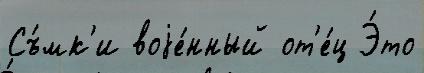
Съ́мк'и воjе́нный от'е́ц Э́то